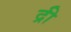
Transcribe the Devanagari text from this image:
द्री